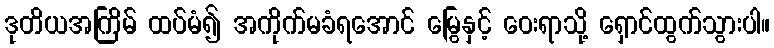
ဒုတိယအကြိမ် ထပ်မံ၍ အကိုက်မခံရအောင် မြွေနှင့် ဝေးရာသို့ ရှောင်ထွက်သွားပါ။